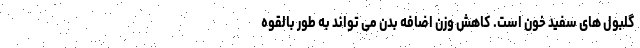
گلبول های سفید خون است. کاهش وزن اضافه بدن می تواند به طور بالقوه